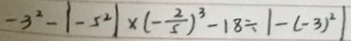
- 3 ^ { 2 } - \vert - 5 ^ { 2 } \vert \times ( - \frac { 2 } { 5 } ) ^ { 3 } - 1 8 \div \vert - ( - 3 ) ^ { 2 } \vert